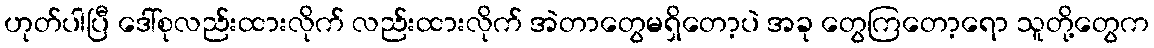
ဟုတ်ပါပြီ ဒေါ်စုလည်းထားလိုက် လည်းထားလိုက် အဲတာတွေမရှိတော့ပဲ အခု တွေကြတော့ရော သူတို့တွေက